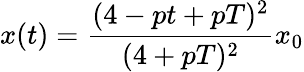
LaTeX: x(t)={\frac{(4-pt+pT)^{2}}{(4+pT)^{2}}}x_{0}